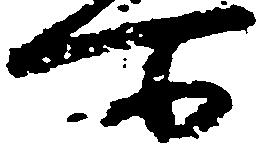
所